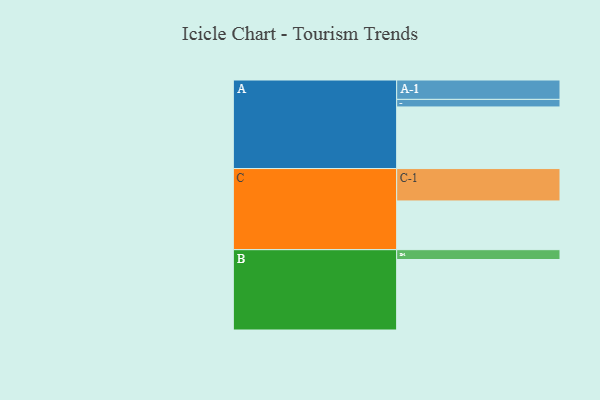
{"axis": {"x": "Segment", "y": "Value"}, "legend": ["", "A", "B", "C"], "data": [{"x": "A", "y": 464, "type": ""}, {"x": "B", "y": 531, "type": ""}, {"x": "C", "y": 367, "type": ""}, {"x": "A-1", "y": 146, "type": "A"}, {"x": "A-2", "y": 57, "type": "A"}, {"x": "B-1", "y": 74, "type": "B"}, {"x": "C-1", "y": 244, "type": "C"}]}